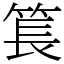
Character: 𥮲